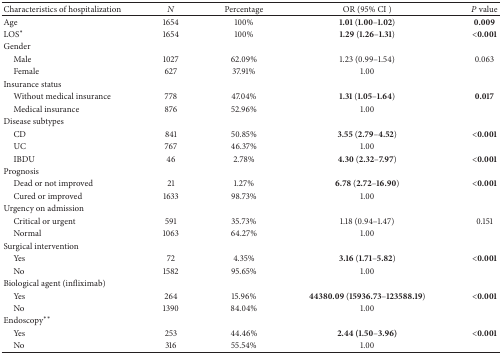
<table><thead><tr><td><b>Characteristics of hospitalization</b></td><td><b><i>N</i></b></td><td><b>Percentage</b></td><td><b>OR (95% CI )</b></td><td><b><i>P</i> value</b></td></tr></thead><tbody><tr><td>Age</td><td>1654</td><td>100%</td><td><b>1.01 </b>(<b>1.00</b>–<b>1.02</b>)</td><td><b>0.009</b></td></tr><tr><td>LOS*</td><td>1654</td><td>100%</td><td><b>1.29 </b>(<b>1.26</b>–<b>1.31</b>)</td><td><b>&lt;0.001</b></td></tr><tr><td>Gender</td><td> </td><td> </td><td> </td><td> </td></tr><tr><td> Male</td><td>1027</td><td>62.09%</td><td>1.23 (0.99–1.54)</td><td>0.063</td></tr><tr><td> Female</td><td>627</td><td>37.91%</td><td>1.00</td><td> </td></tr><tr><td>Insurance status</td><td> </td><td> </td><td> </td><td> </td></tr><tr><td> Without medical insurance</td><td>778</td><td>47.04%</td><td><b>1.31 </b>(<b>1.05</b>–<b>1.64</b>)</td><td><b>0.017</b></td></tr><tr><td> Medical insurance</td><td>876</td><td>52.96%</td><td>1.00</td><td> </td></tr><tr><td>Disease subtypes</td><td> </td><td> </td><td> </td><td> </td></tr><tr><td> CD</td><td>841</td><td>50.85%</td><td><b>3.55 </b>(<b>2.79</b>–<b>4.52</b>)</td><td><b>&lt;0.001</b></td></tr><tr><td> UC</td><td>767</td><td>46.37%</td><td>1.00</td><td> </td></tr><tr><td> IBDU</td><td>46</td><td>2.78%</td><td><b>4.30 </b>(<b>2.32</b>–<b>7.97</b>)</td><td><b>&lt;0.001</b></td></tr><tr><td>Prognosis</td><td> </td><td> </td><td> </td><td> </td></tr><tr><td> Dead or not improved</td><td>21</td><td>1.27%</td><td><b>6.78 </b>(<b>2.72</b>–<b>16.90</b>)</td><td><b>&lt;0.001</b></td></tr><tr><td> Cured or improved</td><td>1633</td><td>98.73%</td><td>1.00</td><td> </td></tr><tr><td>Urgency on admission</td><td> </td><td> </td><td> </td><td> </td></tr><tr><td> Critical or urgent</td><td>591</td><td>35.73%</td><td>1.18 (0.94–1.47)</td><td>0.151</td></tr><tr><td> Normal</td><td>1063</td><td>64.27%</td><td>1.00</td><td> </td></tr><tr><td>Surgical intervention</td><td> </td><td> </td><td> </td><td> </td></tr><tr><td> Yes</td><td>72</td><td>4.35%</td><td><b>3.16 </b>(<b>1.71</b>–<b>5.82</b>)</td><td><b>&lt;0.001</b></td></tr><tr><td> No</td><td>1582</td><td>95.65%</td><td>1.00</td><td> </td></tr><tr><td>Biological agent (infliximab)</td><td> </td><td> </td><td> </td><td> </td></tr><tr><td> Yes</td><td>264</td><td>15.96%</td><td><b>44380.09 </b>(<b>15936.73</b>–<b>123588.19</b>)</td><td><b>&lt;0.001</b></td></tr><tr><td> No</td><td>1390</td><td>84.04%</td><td>1.00</td><td> </td></tr><tr><td>Endoscopy**</td><td> </td><td> </td><td> </td><td> </td></tr><tr><td> Yes</td><td>253</td><td>44.46%</td><td><b>2.44 (1.50</b>–<b>3.96)</b></td><td><b>&lt;0.001</b></td></tr><tr><td> No</td><td>316</td><td>55.54%</td><td>1.00</td><td> </td></tr></tbody></table>